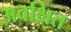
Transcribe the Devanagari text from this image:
अवक्षित